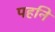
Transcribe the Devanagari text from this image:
पहनि